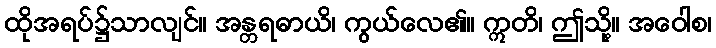
ထိုအရပ်၌သာလျင်။ အန္တရဓာယိ၊ ကွယ်လေ၏။ ဣတိ၊ ဤသို့။ အဝေါစ၊